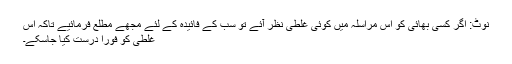
نوٹ: اگر کسی بھائی کو اس مراسلہ میں کوئی غلطی نظر آئے تو سب کے فائیدہ کے لئے مجھے مطلع فرمائیے تاکہ اس
غلطی کو فوراً درست کیا جاسکے۔